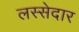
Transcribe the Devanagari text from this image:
लस्सेदार